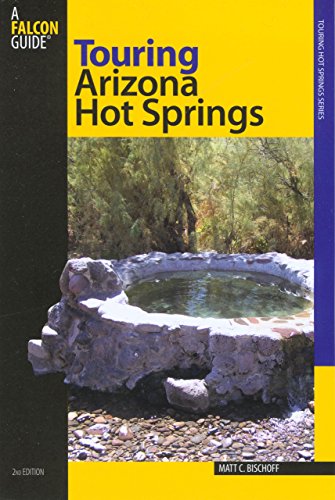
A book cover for Touring Arizona Hot Springs (Touring Hot Springs); Matt C. Bischoff; Science & Math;